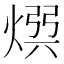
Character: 𭵡